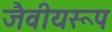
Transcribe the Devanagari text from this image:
जैवीयरूप